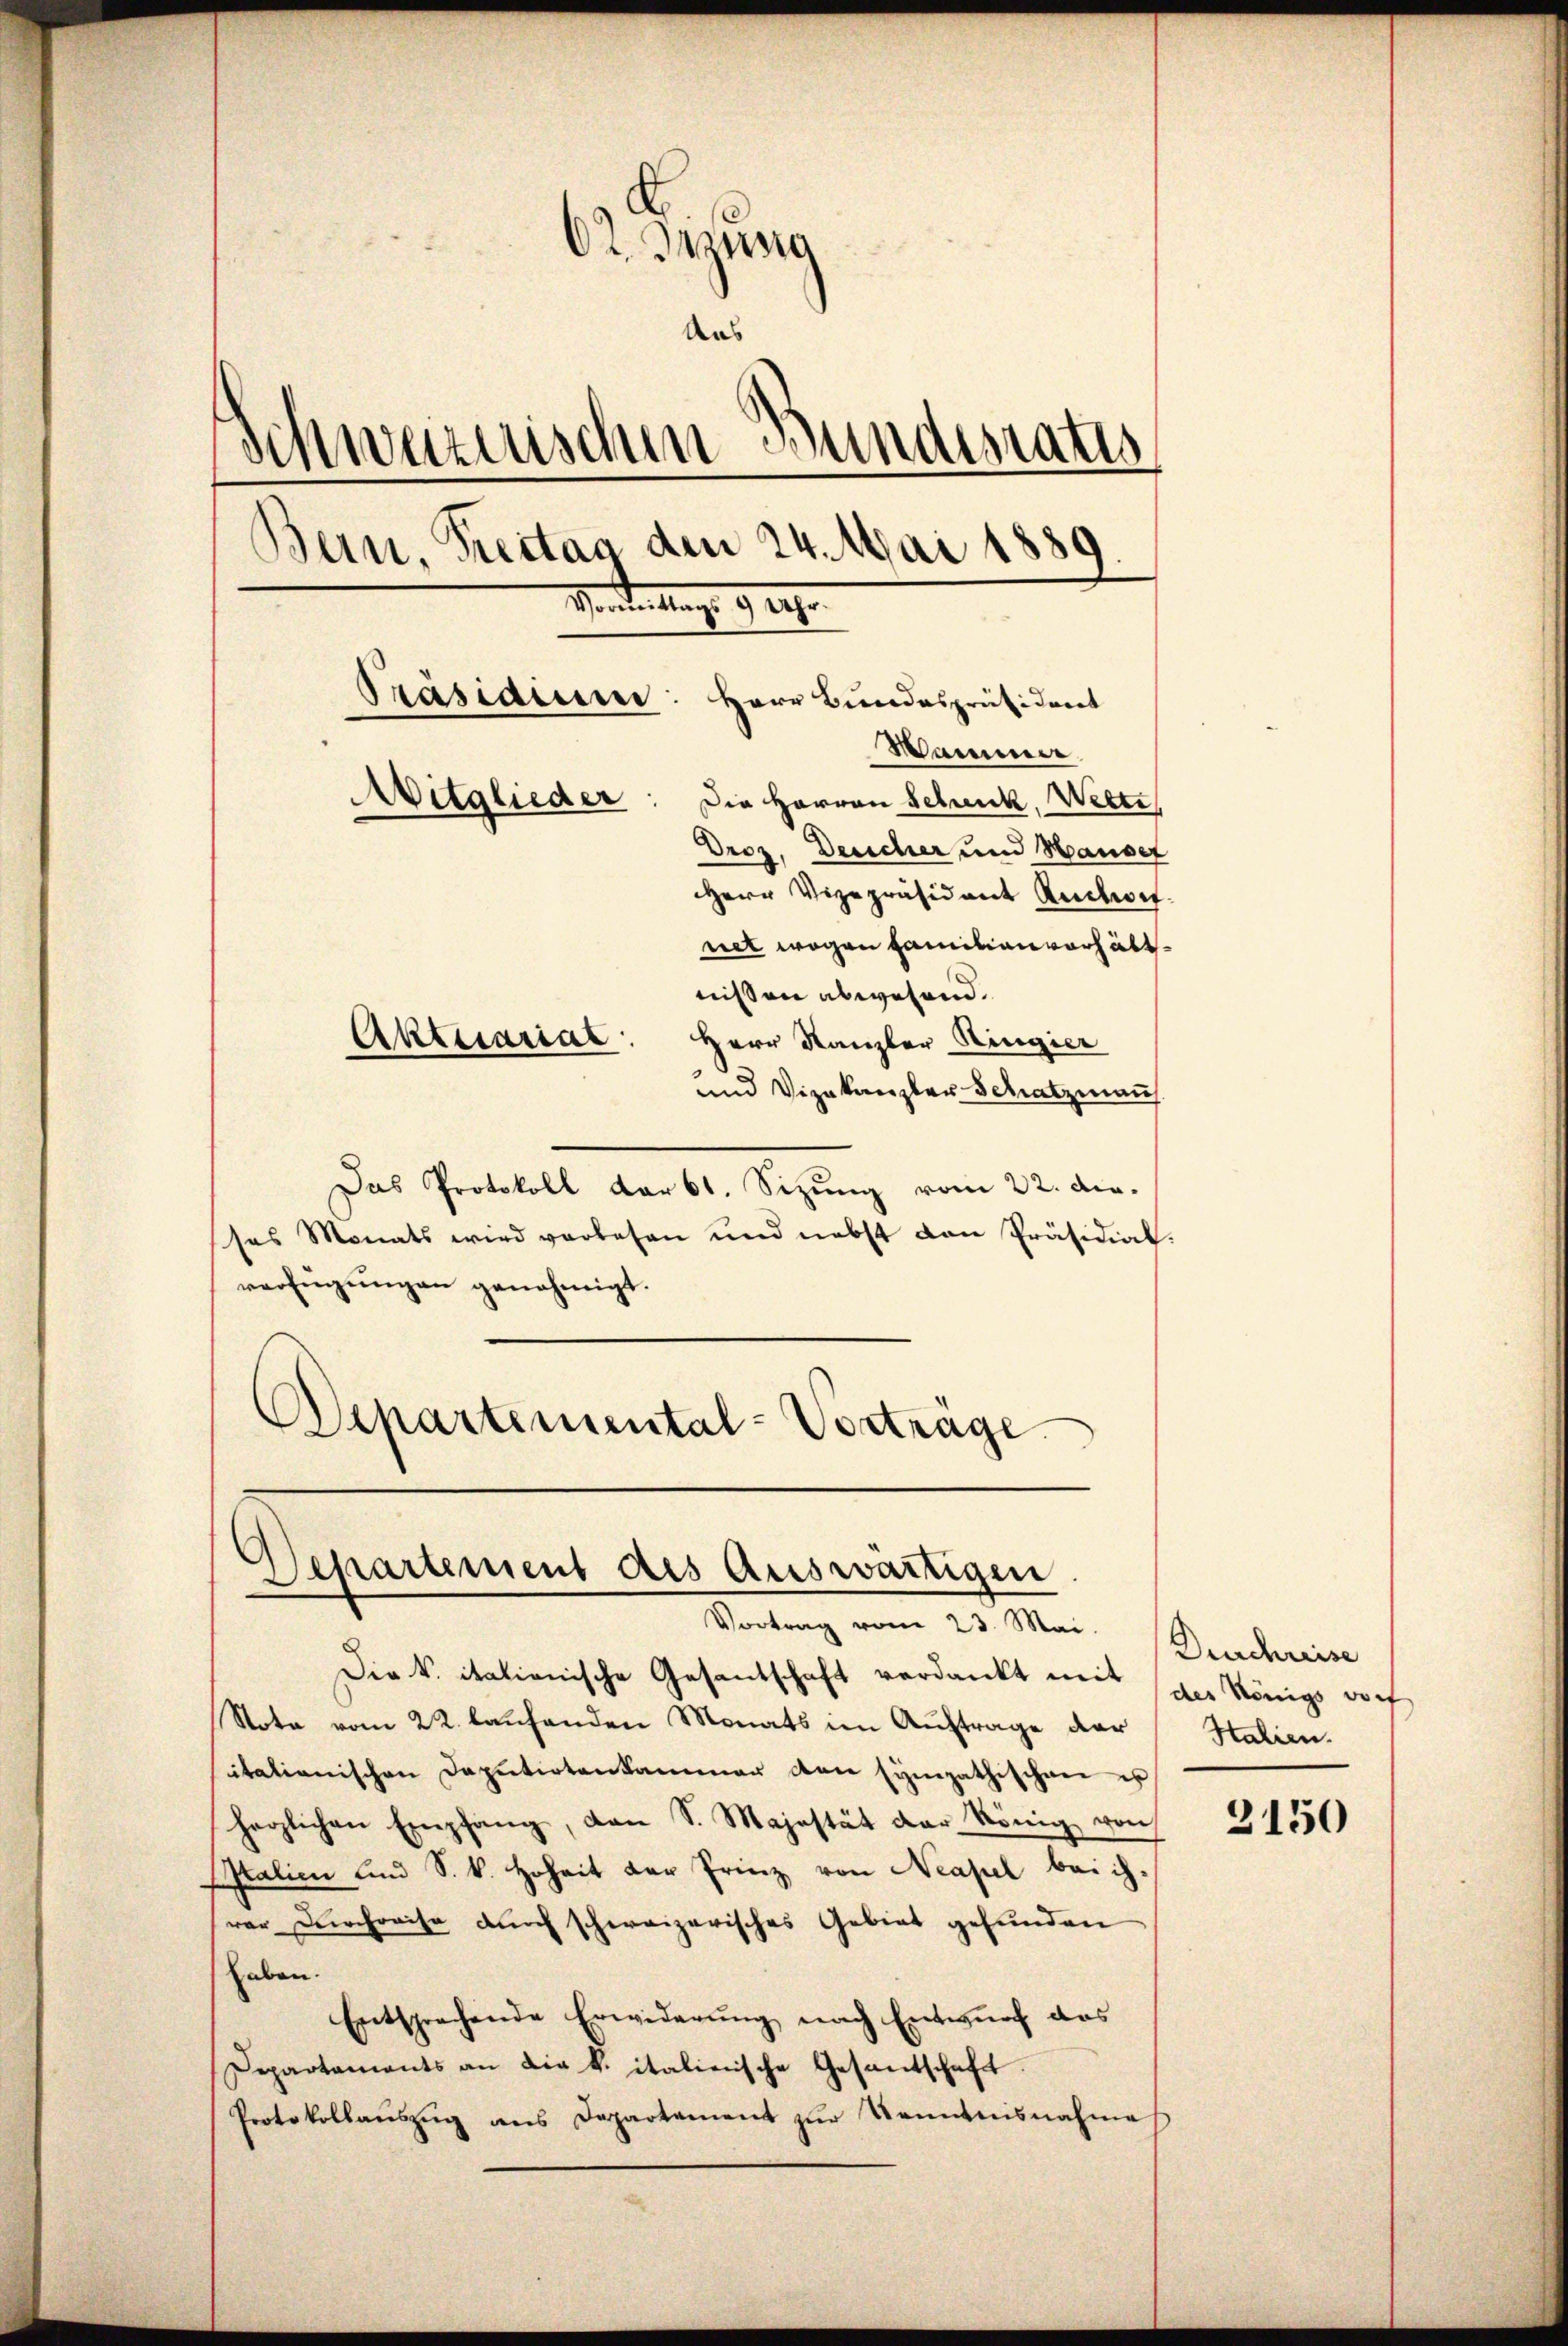
O2. Braung
Aus
Schwarzischen Bundesrates
Bern, Treitag den 24. Mai 1889
Morderstag. 9. 227.
Präsidium: Herr Bundespräsident
Mariere
Mitglieder: Die Herren Schenk, Wette
Droz. Deucher und Hauser
HHerr Vizepräsident auchet.
net wegen Hainitian verhältnissen abwesend.
Aktecariat: Herr Kanzler Ringier
und Vizekanzler Schatzman

Das Protokoll dar 61. Sizung vom 22. die.
ses Monats wird verlesen und nebst dan Präsidial-
verfügŭngen genehmigt.
Departemental-Vorträge

Separtement des Auswärtigen
Vortrag vom 23. Mai. Beschreise

Die k. itationische Gesantschaft verdankt mit der Königs vorf
Nota vom 22. laufenden Monats im Auftrage der
italianischen Deputirtenkammer von sympathischen es
herzlichen Empfang, den S. Majestät der König, von
salien und S. k. Hoheit der Prinz von Neapel bei ihrer Durchreise durch schweizerisches Gebiet gefunden
haben.
Entsprechende Erwiderung nach Entwurf das
Departaments an die k. italienische Gesandschaft.
Protokollaŭszŭg ans Departement zŭr Kenntnisnahmes

Stalien.

3150